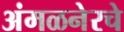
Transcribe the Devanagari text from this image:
अंमळनेरचे